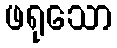
ဖရုသော